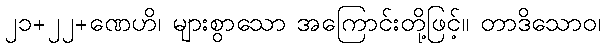
၂၁+၂၂+ဏေဟိ၊ များစွာသော အကြောင်းတို့ဖြင့်။ တာဒိသောဝ၊